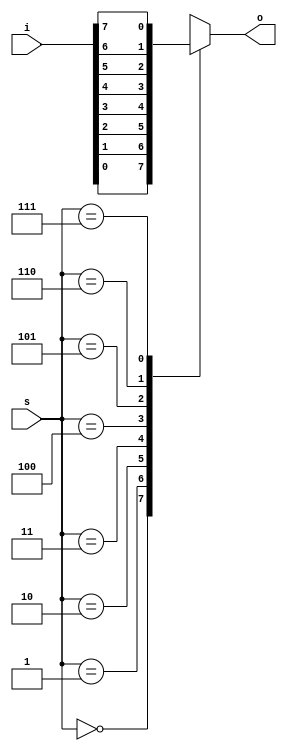
//8x1 mux using case statements
module muxx8to1(i,s,o);
  input [7:0]i;
  output reg o;
  input[2:0]s;
always@(*)
begin
 case(s)
  3'b000:o=i[0];
  3'b001:o=i[1];
  3'b010:o=i[2];
  3'b011:o=i[3];
  3'b100:o=i[4];
  3'b101:o=i[5];
  3'b110:o=i[6];
  3'b111:o=i[7];
  default o=1'b0;
endcase
end
endmodule